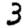
Digit: 3